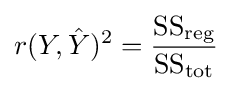
r(Y,{\hat {Y}})^{2}={\frac {{\text{SS}}_{\text{reg}}}{{\text{SS}}_{\text{tot}}}}